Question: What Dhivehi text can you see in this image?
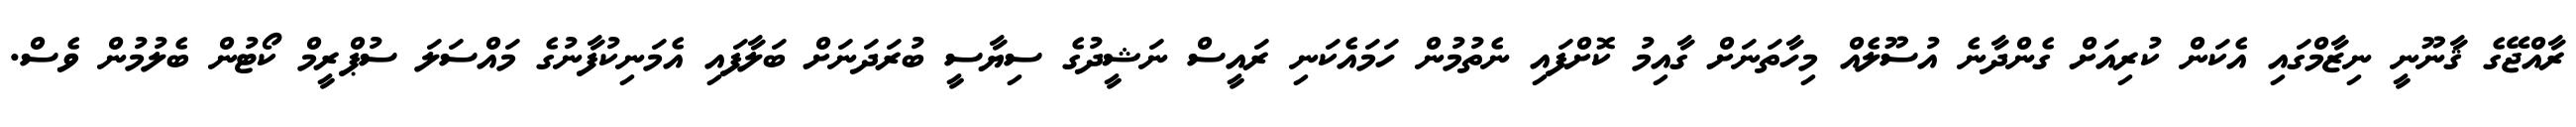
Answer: ރާއްޖޭގެ ޤާނޫނީ ނިޒާމްގައި އެކަން ކުރިއަށް ގެންދާނެ އުސޫލެއް މިހާތަނަށް ގާއިމު ކޮށްފައި ނެތުމުން ހަމައެކަނި ރައީސް ނަޝީދުގެ ސިޔާސީ ބުރަދަނަށް ބަލާފައި އެމަނިކުފާނުގެ މައްސަލަ ސުޕްރީމް ކޯޓުން ބެލުމުން ވެސް.